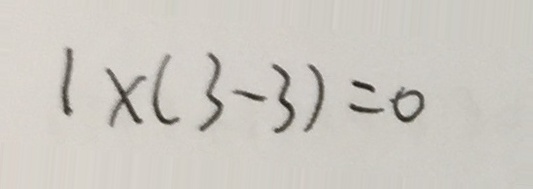
1 \times ( 3 - 3 ) = 0